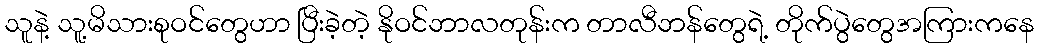
သူနဲ့ သူ့မိသားစုဝင်တွေဟာ ပြီးခဲ့တဲ့ နိုဝင်ဘာလတုန်းက တာလီဘန်တွေရဲ့ တိုက်ပွဲတွေအကြားကနေ